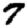
Digit: 7